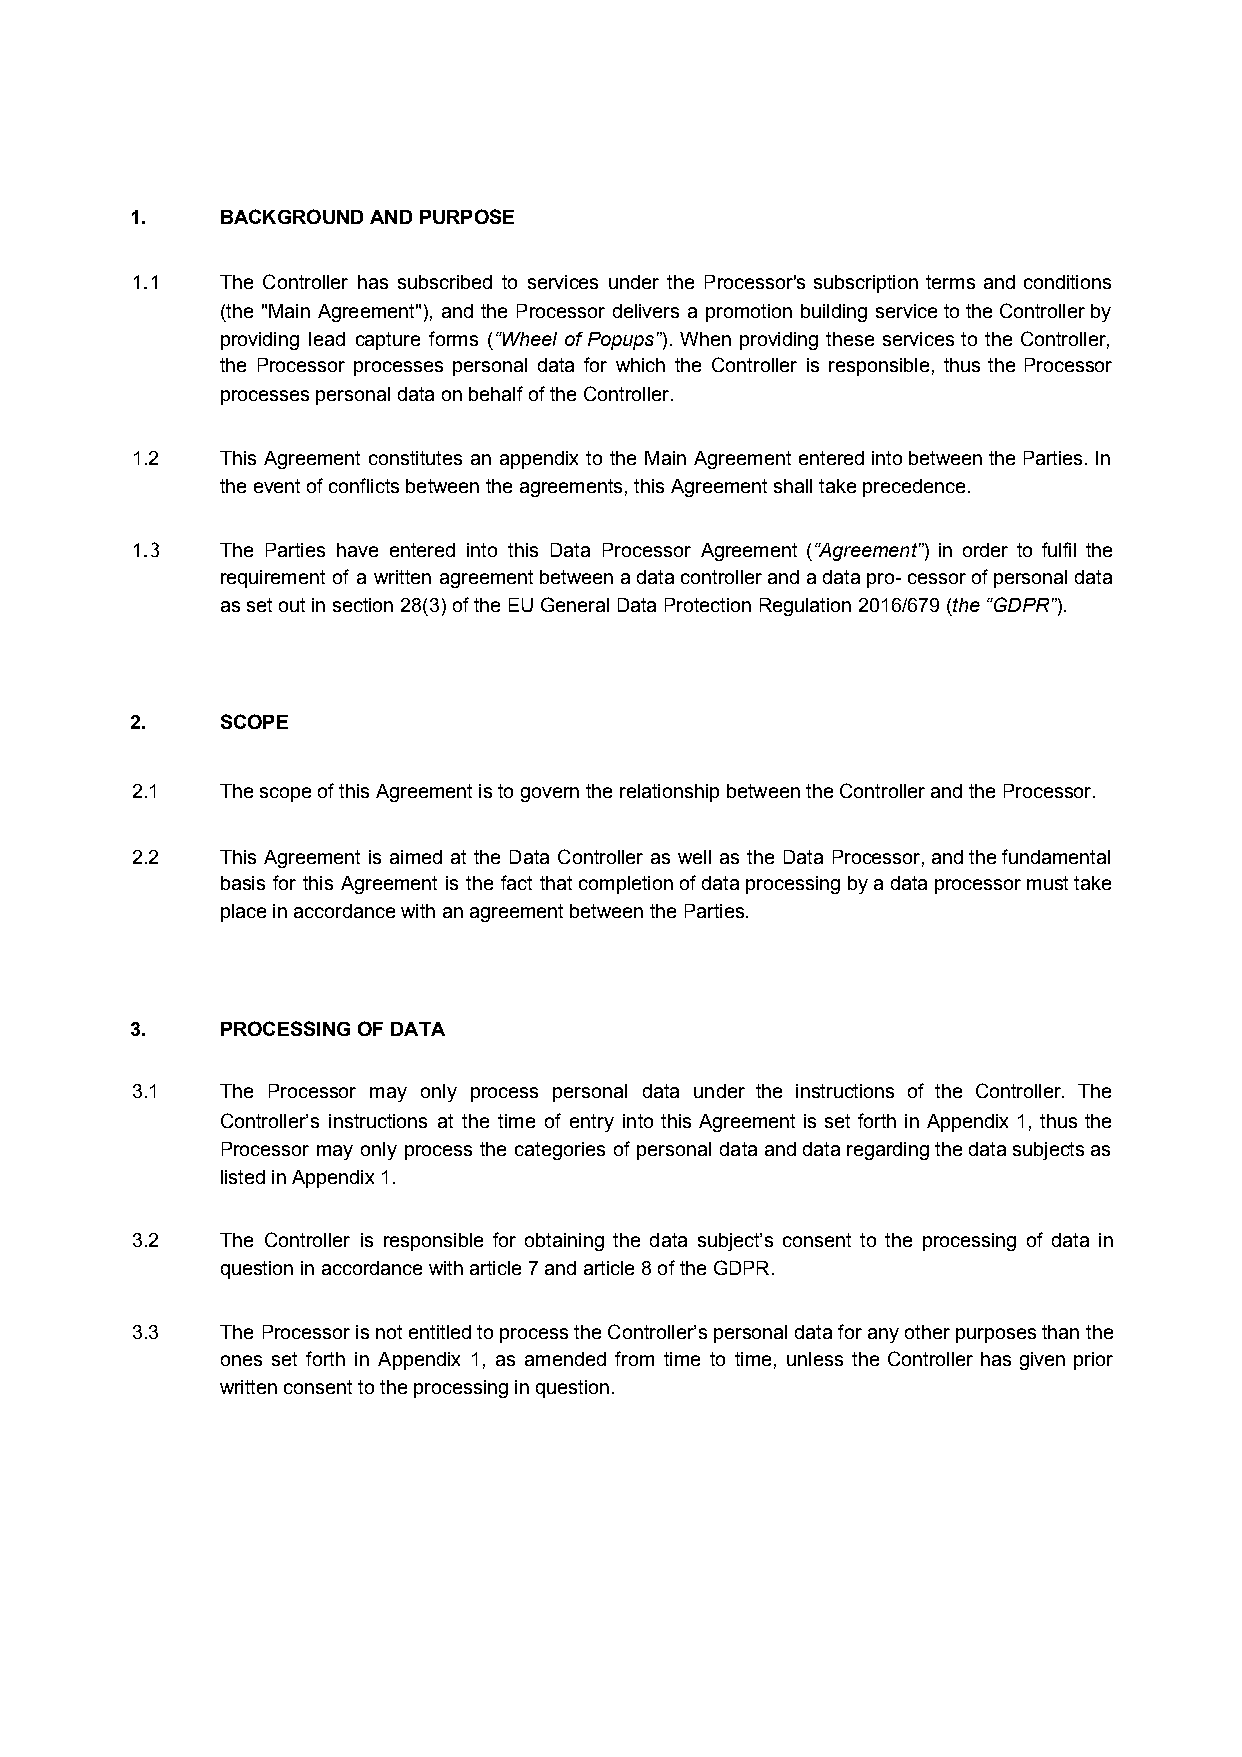
1.    BACKGROUND AND PURPOSE
 1.1   The Controller has subscribed to services under the Processor's subscription terms and conditions
 (the "Main Agreement"), and the Processor delivers a promotion building service to the Controller by
 providing lead capture forms (“Wheel of Popups”). When providing these services to the Controller,
 ​         ​
 the Processor processes personal data for which the Controller is responsible, thus the Processor
 processes personal data on behalf of the Controller.
 1.2   This Agreement constitutes an appendix to the Main Agreement entered into between the Parties. In
 the event of conflicts between the agreements, this Agreement shall take precedence.
 1.3   The Parties have entered into this Data Processor Agreement (“Agreement”) in order to fulfil the
 ​      ​
 requirement of a written agreement between a data controller and a data pro- cessor of personal data
 as set out in section 28(3) of the EU General Data Protection Regulation 2016/679 (the “GDPR”).
 ​      ​
 2.    SCOPE
 2.1   The scope of this Agreement is to govern the relationship between the Controller and the Processor.
 2.2   This Agreement is aimed at the Data Controller as well as the Data Processor, and the fundamental
 basis for this Agreement is the fact that completion of data processing by a data processor must take
 place in accordance with an agreement between the Parties.
 3.    PROCESSING OF DATA
 3.1   The Processor may only process personal data under the instructions of the Controller. The
 Controller’s instructions at the time of entry into this Agreement is set forth in Appendix 1, thus the
 Processor may only process the categories of personal data and data regarding the data subjects as
 listed in Appendix 1.
 3.2   The Controller is responsible for obtaining the data subject’s consent to the processing of data in
 question in accordance with article 7 and article 8 of the GDPR.
 3.3   The Processor is not entitled to process the Controller’s personal data for any other purposes than the
 ones set forth in Appendix 1, as amended from time to time, unless the Controller has given prior
 written consent to the processing in question.